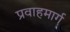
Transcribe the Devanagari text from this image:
प्रवाहमार्ग